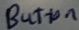
Text: Button